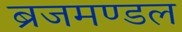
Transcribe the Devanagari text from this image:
ब्रजमण्डल